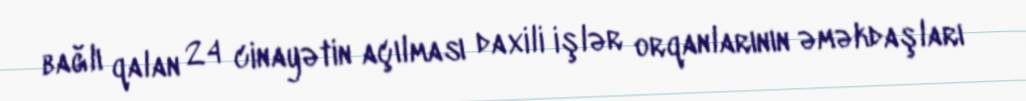
bağlı qalan 24 cinayətin açılması daxili işlər orqanlarının əməkdaşları